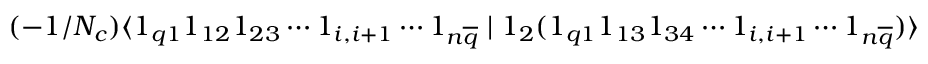
( - 1 / N _ { c } ) \langle 1 _ { q 1 } 1 _ { 1 2 } 1 _ { 2 3 } \cdots 1 _ { i , i + 1 } \cdots 1 _ { n \overline { { { q } } } } \mid 1 _ { 2 } ( 1 _ { q 1 } 1 _ { 1 3 } 1 _ { 3 4 } \cdots 1 _ { i , i + 1 } \cdots 1 _ { n \overline { { { q } } } } ) \rangle